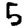
Digit: 5